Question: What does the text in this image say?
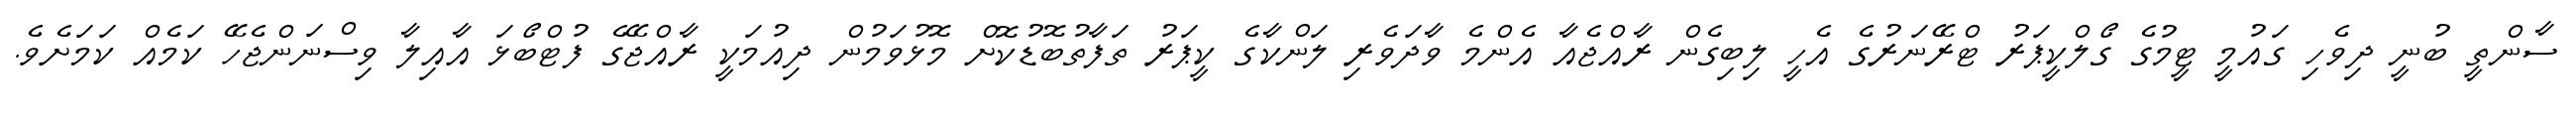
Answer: ސާންތީ ބުނީ ދިވެހި ގައުމީ ޓީމުގެ ގޯލްކީޕަރު ޓްރޭނަރުގެ އެހީ ލިބިގެން ރާއްޖެއާ އެންމެ ވާދަވެރި ލަންކާގެ ކީޕަރު ތަފާތުބޮޑުކޮށް މޮޅުވަމުން ދިއުމަކީ ރާއްޖޭގެ ފުޓްބޯޅަ އާއިލާ ވިސްނަންޖެހޭ ކަމެއް ކަމަށެވެ.